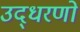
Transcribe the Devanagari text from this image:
उद्‍धरणों